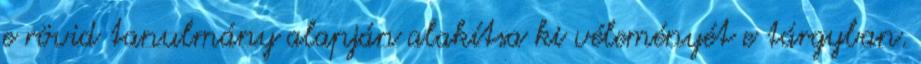
e rövid tanulmány alapján alakítsa ki véleményét e tárgyban.